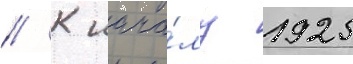
// К нача́лу 1925